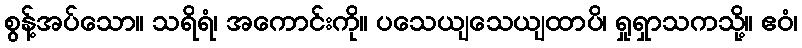
စွန့်အပ်သော။ သရိရံ၊ အကောင်းကို။ ပသေယျသေယျထာပိ၊ ရှုရှာသကသို့။ ဧဝံ၊